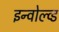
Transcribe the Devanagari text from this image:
इन्वोल्व्ड